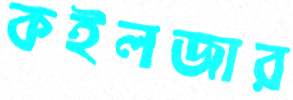
কইলজার